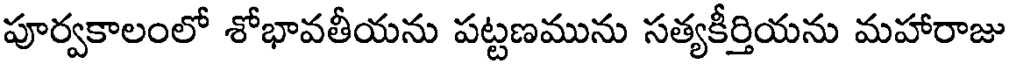
పూర్వకాలంలో శోభావతీయను పట్టణమును సత్యకీర్తియను మహారాజు